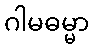
ဂါမဓမ္မာ